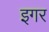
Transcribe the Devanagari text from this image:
इगर